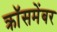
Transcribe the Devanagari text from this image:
क्रॉसमेंबर